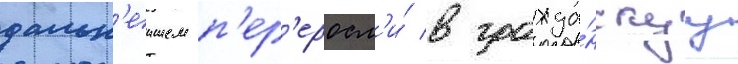
дальн'еишем п'ер'еросл'и́ в гражда́нскуу